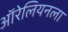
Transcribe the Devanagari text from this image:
ऑरेलियनला